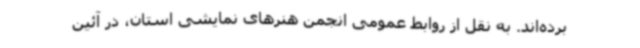
برده‌اند. به نقل از روابط عمومی انجمن هنرهای نمایشی استان، در آئین